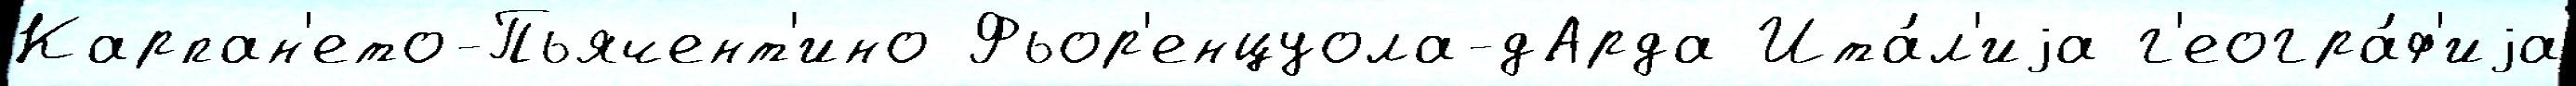
Карпан'ето-Пьячент'ино Фьор'енцуола-дАрда Ита́л'иjа г'еогра́ф'иjа